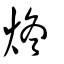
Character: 炵